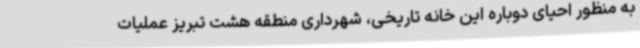
به منظور احیای دوباره این خانه تاریخی، شهرداری منطقه هشت تبریز عملیات